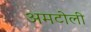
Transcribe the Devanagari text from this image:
अमटोली